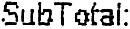
SUBTOTAL: